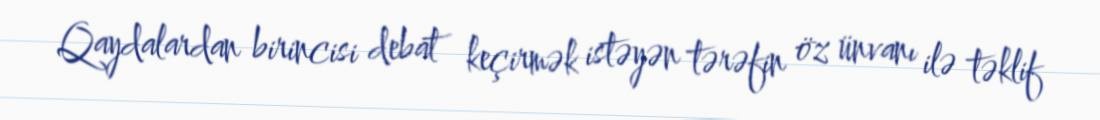
Qaydalardan birincisi debat keçirmək istəyən tərəfin öz ünvanı ilə təklif